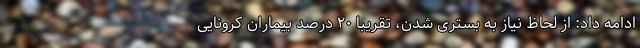
ادامه داد: از لحاظ نیاز به بستری شدن، تقریبا ۲۰ درصد بیماران کرونایی